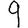
Digit: 9